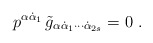
\begin{align*}p^{\alpha\dot\alpha_1}\, \tilde g_{\alpha\dot\alpha_1\cdots\dot\alpha_{2s}}=0\ .\end{align*}